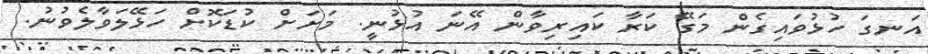
އަނގަ ހުޅުވައިގެން މަގޭ ކަރާ ކައިރިވާން އޭނަ އުޅުނީ. މަށަށް ކުޑަކޮށް ހަޅޭލަވާލެވުނު.